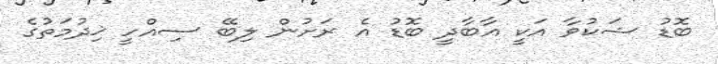
ބޮޑު ޝަކުވާ އަކީ އާބާދީ ބޮޑު އެ ރަށުން ލިބޭ ސިއްހީ ޚިދުމަތުގެ